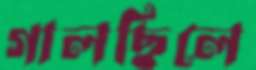
গালছিলে